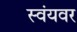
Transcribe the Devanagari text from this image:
स्वंयवर